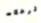
الرحلات